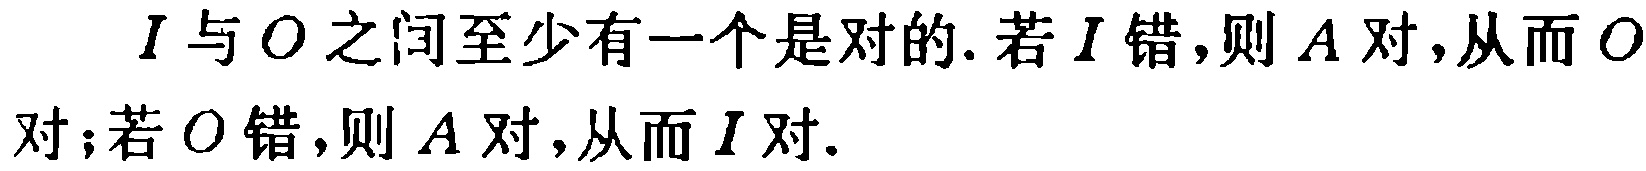
\(I\)与\(O\)之间至少有一个是对的. 若\(I\)错,则\(A\)对,从而\(O\)对；若\(O\)错,则\(A\)对,从而\(I\)对.